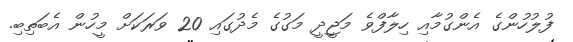
ފުލުހުންގެ އެންގުމާއި ހިލާފްވެ މަޖީދީ މަގުގެ މެދުގައި 20 ވަރަކަށް މީހުން އެބަތިބި.